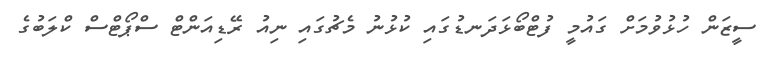
ސީޒަން ހުޅުވުމަށް ގައުމީ ފުޓްބޯޅަދަނޑުގައި ކުޅުނު މެޗުގައި ނިއު ރޭޑިއަންޓް ސްޕޯޓްސް ކްލަބުގެ